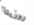
روزيتا